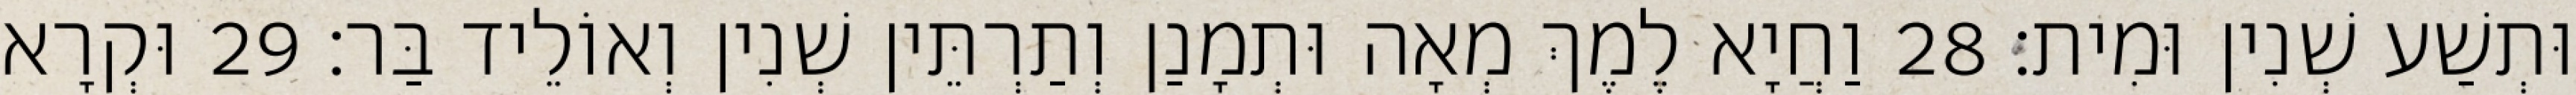
וּתְשַׁע שְׁנִין וּמִית׃ 28 וַחֲיָא לֶמֶךְ מְאָה וּתְמָנַן וְתַרְתֵּין שְׁנִין וְאוֹלֵיד בַּר׃ 29 וּקְרָא